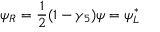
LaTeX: \psi _ { R } = \frac { 1 } { 2 } ( 1 - \gamma _ { 5 } ) \psi = \psi _ { L } ^ { * }